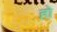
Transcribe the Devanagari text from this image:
हो